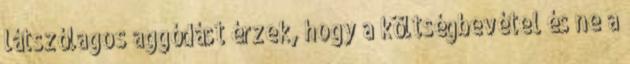
látszólagos aggódást érzek, hogy a költségbevétel és ne a